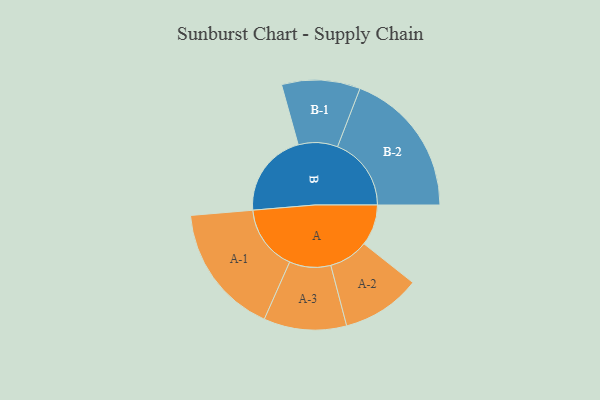
{"axis": {"x": "Segment", "y": "Value"}, "legend": ["", "A", "B"], "data": [{"x": "A", "y": 156, "type": ""}, {"x": "B", "y": 322, "type": ""}, {"x": "A-1", "y": 249, "type": "A"}, {"x": "A-2", "y": 150, "type": "A"}, {"x": "A-3", "y": 157, "type": "A"}, {"x": "B-1", "y": 149, "type": "B"}, {"x": "B-2", "y": 280, "type": "B"}]}